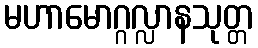
မဟာမောဂ္ဂလ္လာနသုတ္တ